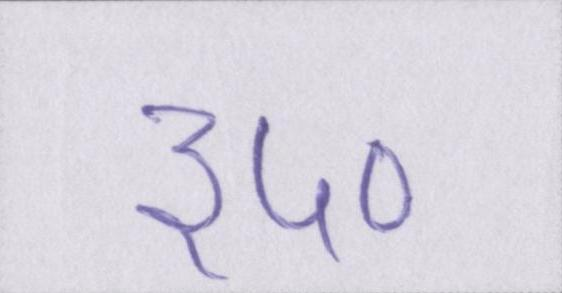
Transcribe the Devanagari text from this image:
३५०